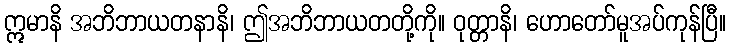
ဣမာနိ အဘိဘာယတနာနိ၊ ဤအဘိဘာယတတို့ကို။ ဝုတ္တာနိ၊ ဟောတော်မူအပ်ကုန်ပြီ။